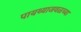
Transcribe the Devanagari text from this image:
पायथ्याजवळच्या